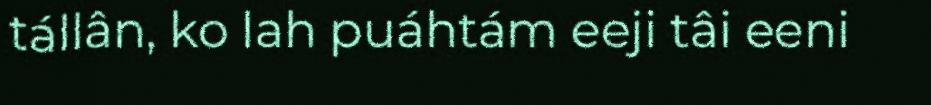
tállân, ko lah puáhtám eeji tâi eeni